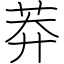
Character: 莽